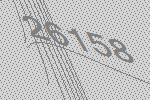
26158